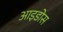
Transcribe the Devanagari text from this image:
आइडोस